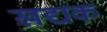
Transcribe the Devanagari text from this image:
खद्यक